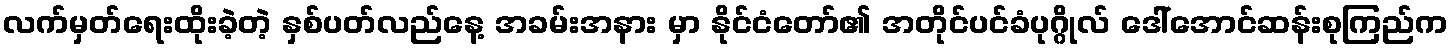
လက်မှတ်ရေးထိုးခဲ့တဲ့ နှစ်ပတ်လည်နေ့ အခမ်းအနား မှာ နိုင်ငံတော်၏ အတိုင်ပင်ခံပုဂ္ဂိုလ် ဒေါ်အောင်ဆန်းစုကြည်က